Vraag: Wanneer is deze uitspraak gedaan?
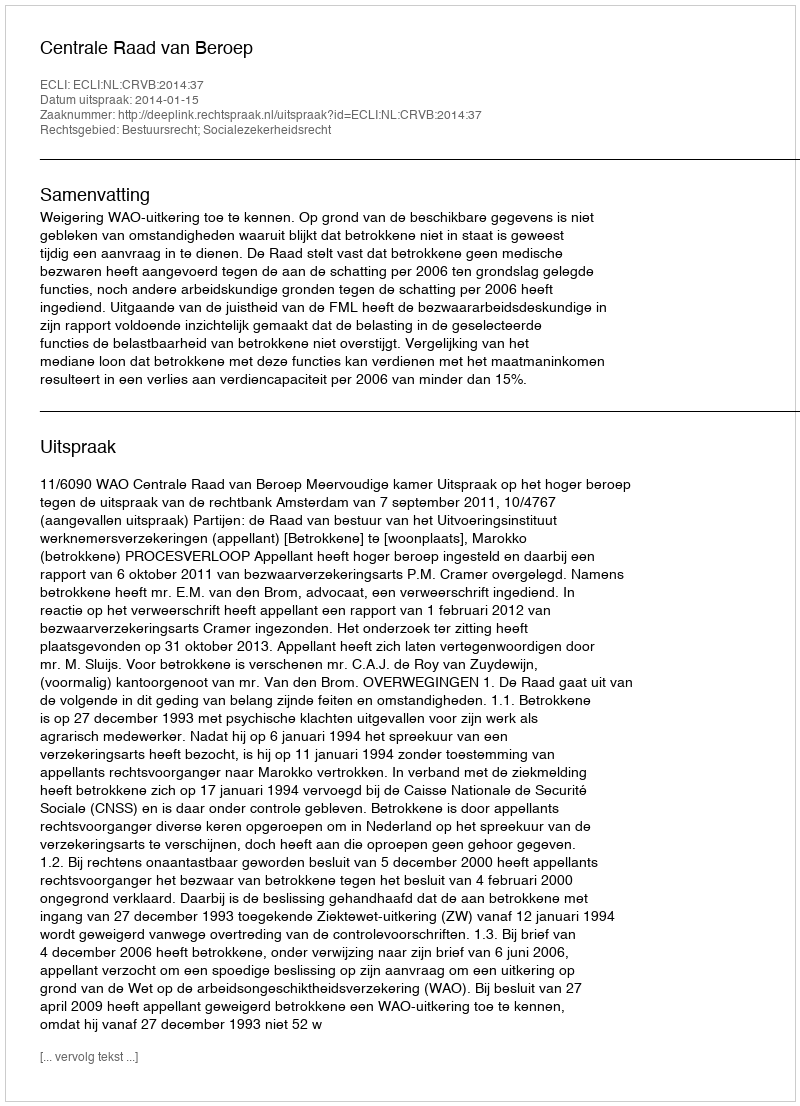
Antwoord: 2014-01-15